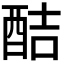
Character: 𮠥